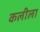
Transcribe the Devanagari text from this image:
कलीला